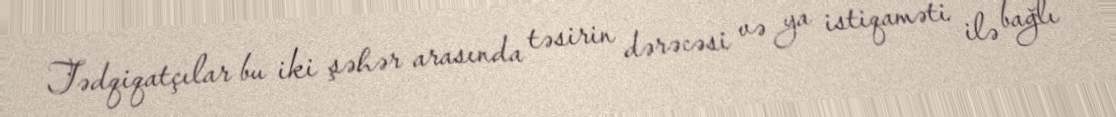
Tədqiqatçılar bu iki şəhər arasında təsirin dərəcəsi və ya istiqaməti ilə bağlı